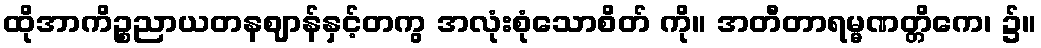
ထိုအာကိဉ္စညာယတနဈာန်နှင့်တကွ အလုံးစုံသောစိတ် ကို။ အတီတာရမ္မဏတ္တိကေ၊ ၌။